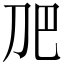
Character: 𭃋